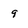
Character: 9